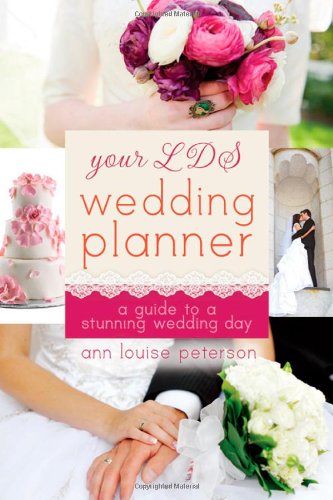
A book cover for Your LDS Wedding Planner: A Guide to a Stunning Wedding; Ann Louise Peterson; Crafts, Hobbies & Home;